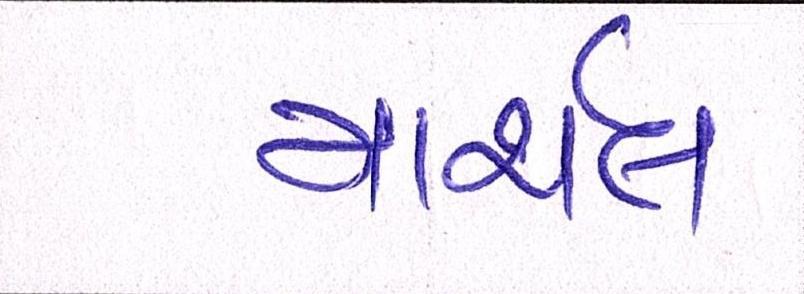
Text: માર્શલ